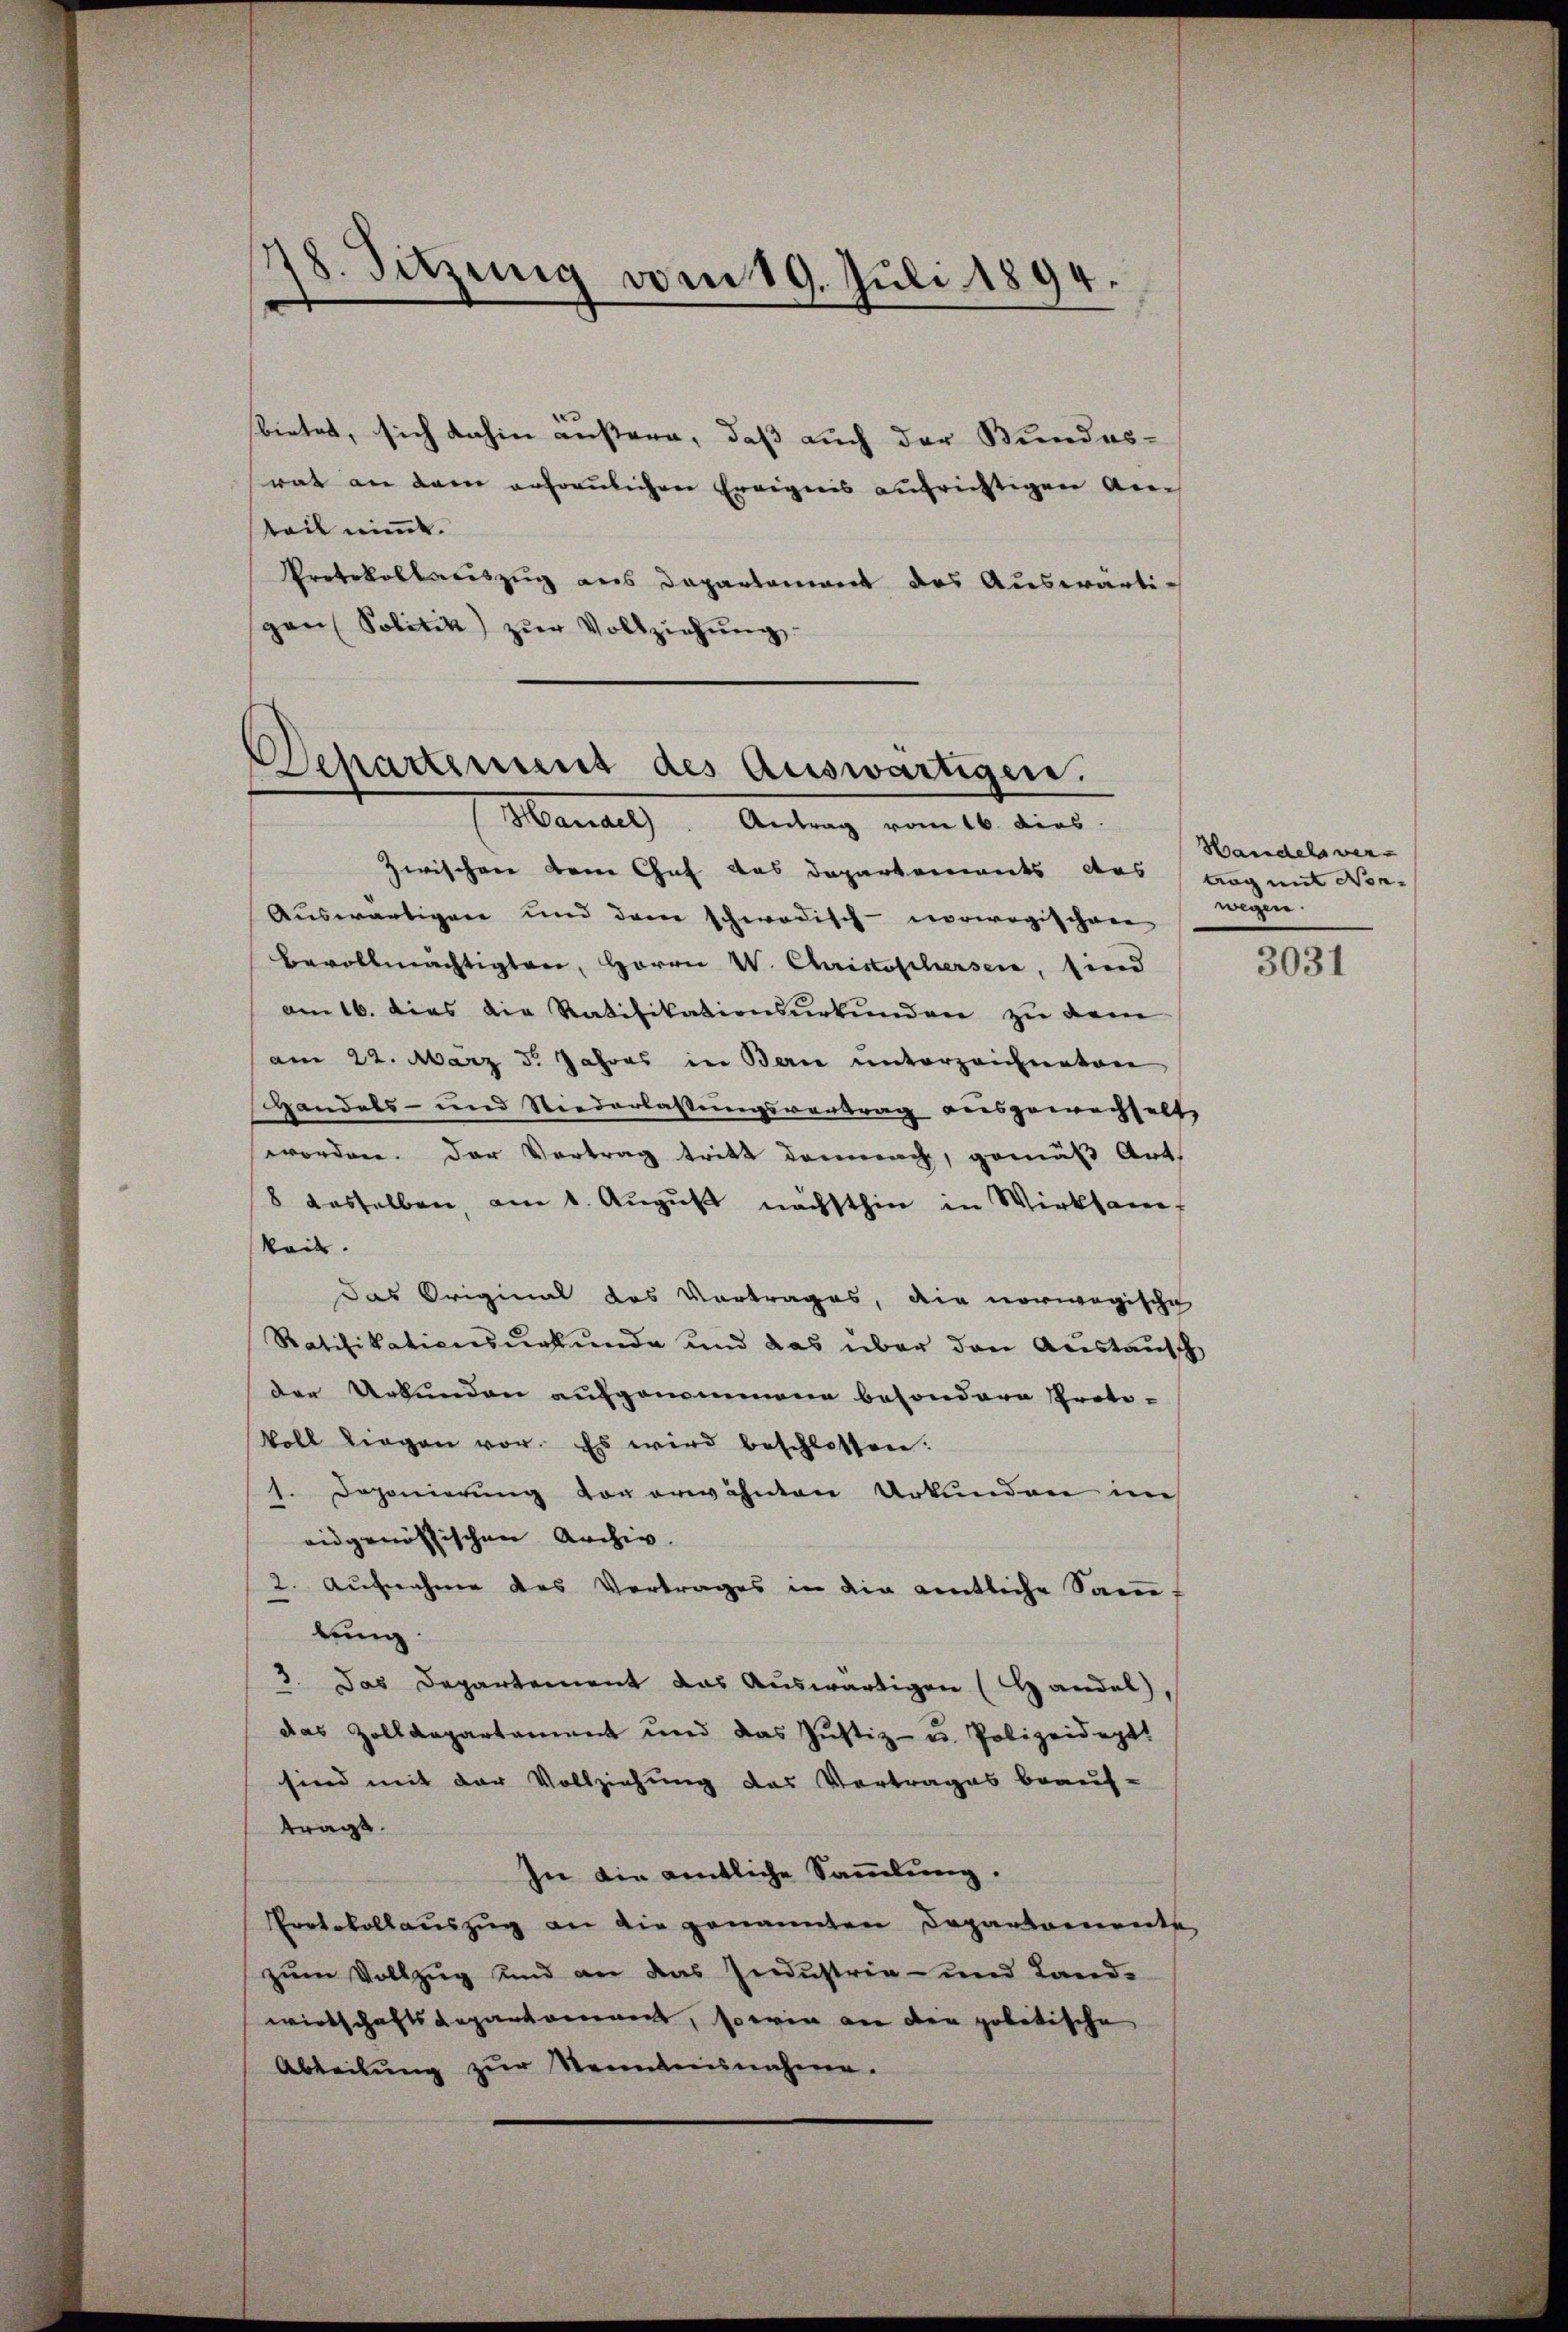
s
8. Sitzung vom 19. Juli 1894.

bietet, sich dahin äußern, daß auch der Bundes-
rat an dem antreulichen Ereignis aufrichtigen Arc
teil nimmt.
Protokollariszug aus Departement das Auswärtigen Politik zŭr Vollziehŭng

Schartemens des Auswärtigen.
Handel. Antrag vom 16. dies.

Handels verwegen.

Zwischen dem Chef das Departements das tag mit Nor-
Auswärtigen und dem schwedisch-norwegischere
Bevollmächtigten, Herrn V. Christischersen, sind
am 16. dies die Ratifikationsurkunden zu dem
am 22. März d. Jahres in Berne unterzeichneten
Handels- und Niederlassungsvertrag ausgewachselt
worden. Der Vortrag tritt demnach, gemäß Art.
8 dasselben, am 1. August nächsthin in Wirksam
keit.
das Original das Vortrages, die norwegische
Ratifikationsurkunde und das über den Austausch
der Urkunden aufgenommene besondere Proto-
koll Liegen vor. Es wird beschlossen:
1. Deponierung vor erwähnten Urkunden im
eidgenössischen Archiv.
2. Aufnahme des Vortrages in die entliche Samue
lung.
3. Das Departement das Auswärtigen (Handel,
das Zolldepartament und das Justiz- u. Polizeidept.
sind mit der Vollziehung das Vertrages beauf-
tragt.
In die amtliche Sammlung.
Protokollauszug an die genannten Departemente
zum Vollzug und an das Industrie- und Land-
wirtschaftsdepartament, so wie an den politische
Abteilŭng zŭr Kenntnisnahme.

3031